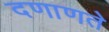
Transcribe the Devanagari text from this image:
दणाणते